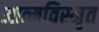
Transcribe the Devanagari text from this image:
आत्‍मविस्‍मृत